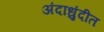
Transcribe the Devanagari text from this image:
अंदाधुंदीत